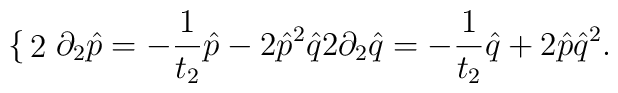
\begin{cases}2\partial_2\hat p=-\frac{1}{t_2}\hat p-2\hat p^2\hat q\\2\partial_2\hat q=-\frac{1}{t_2}\hat q+2\hat p\hat q^2.\end{cases}